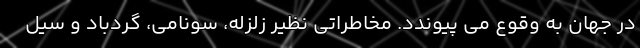
در جهان به وقوع می پیوندد. مخاطراتی نظیر زلزله، سونامی، گردباد و سیل